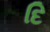
દિ